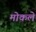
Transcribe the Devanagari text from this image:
मोकले